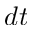
d t